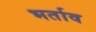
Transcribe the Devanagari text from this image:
भर्ताव